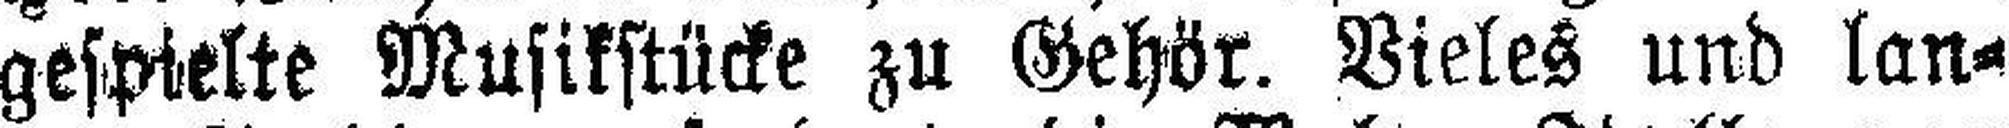
gespielte Musikstücke zu Gehör. Vieles und lan¬